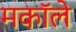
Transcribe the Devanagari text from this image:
मकॉले